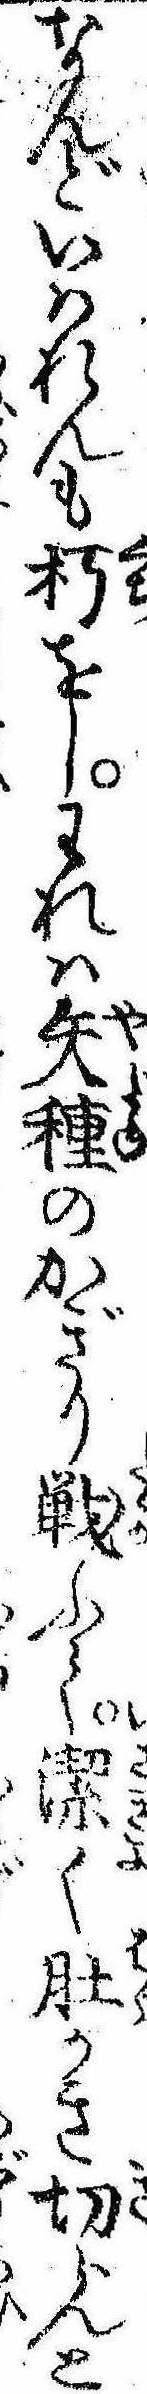
なんどいはれんも朽をしわれは矢種のかぎり戦ふて潔く肚かき切らんと